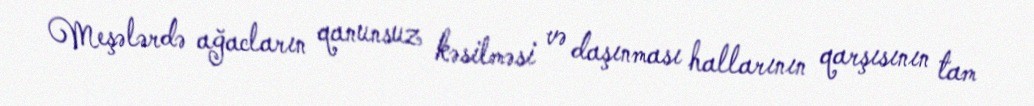
Meşələrdə ağacların qanunsuz kəsilməsi və daşınması hallarının qarşısının tam